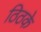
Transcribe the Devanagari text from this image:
ठिठके